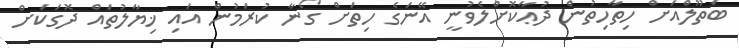
ބަތޫލްއަށް ހިތާހިތުން ދުޢާކޮށްލެވުނީ އޭނަގެ ހިތަށް ގޯނާ ކުރަމުން އައި ޚިޔާލުތައް ދޮގަކަށް